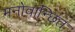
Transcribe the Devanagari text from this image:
मनोवान्छित